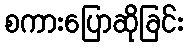
စကားပြောဆိုခြင်း